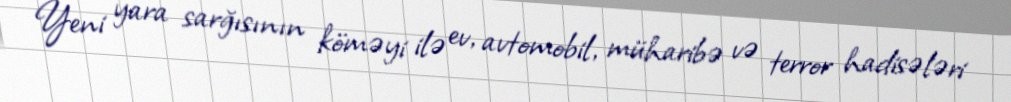
Yeni yara sarğısının köməyi ilə ev, avtomobil, müharibə və terror hadisələri